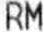
RM